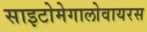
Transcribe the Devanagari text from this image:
साइटोमेगालोवायरस